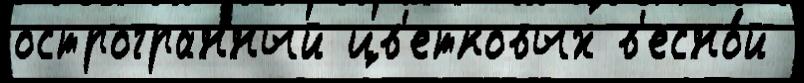
острогранный цв'етковых в'есно́й